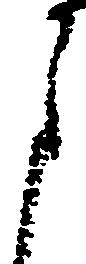
申